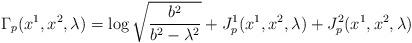
LaTeX: \begin{align*} \Gamma_{p}(x^1,x^2,\lambda)=\log \sqrt{\frac{b^2}{b^2-\lambda^2}} + J_{p}^1(x^1,x^2,\lambda)+J_{p}^2(x^1,x^2,\lambda)\end{align*}